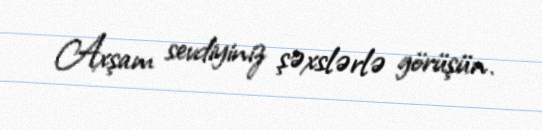
Axşam sevdiyiniz şəxslərlə görüşün.